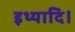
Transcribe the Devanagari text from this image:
इथ्यादि।